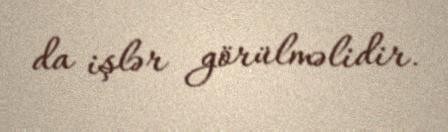
da işlər görülməlidir.